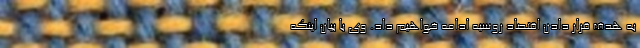
به هدف قرار دادن اقتصاد روسیه ادامه خواهیم داد. وی با بیان اینکه